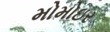
મોમોઇર